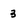
Character: 3